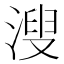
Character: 溲